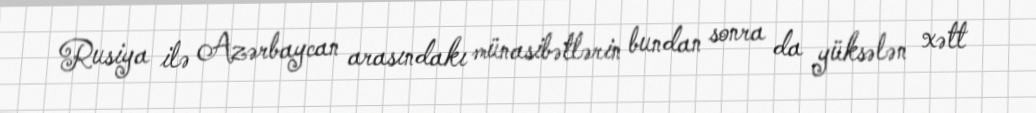
Rusiya ilə Azərbaycan arasındakı münasibətlərin bundan sonra da yüksələn xətt